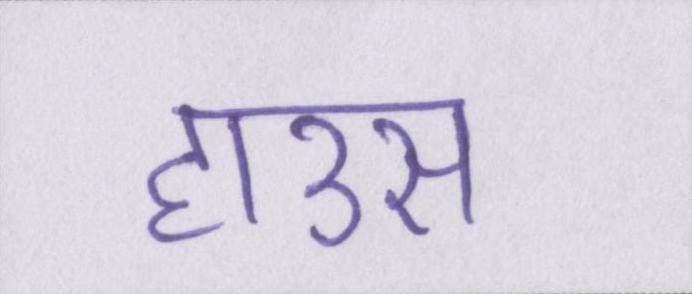
हाउस